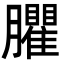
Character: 臞